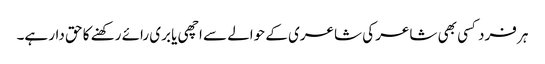
ہر فرد کسی بھی شاعر کی شاعری کے حوالے سے اچھی یا بری رائے رکھنے کا حق دار ہے۔